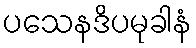
ပသေနဒိပမုခါနံ